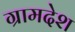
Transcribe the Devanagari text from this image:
ग्रामदेश